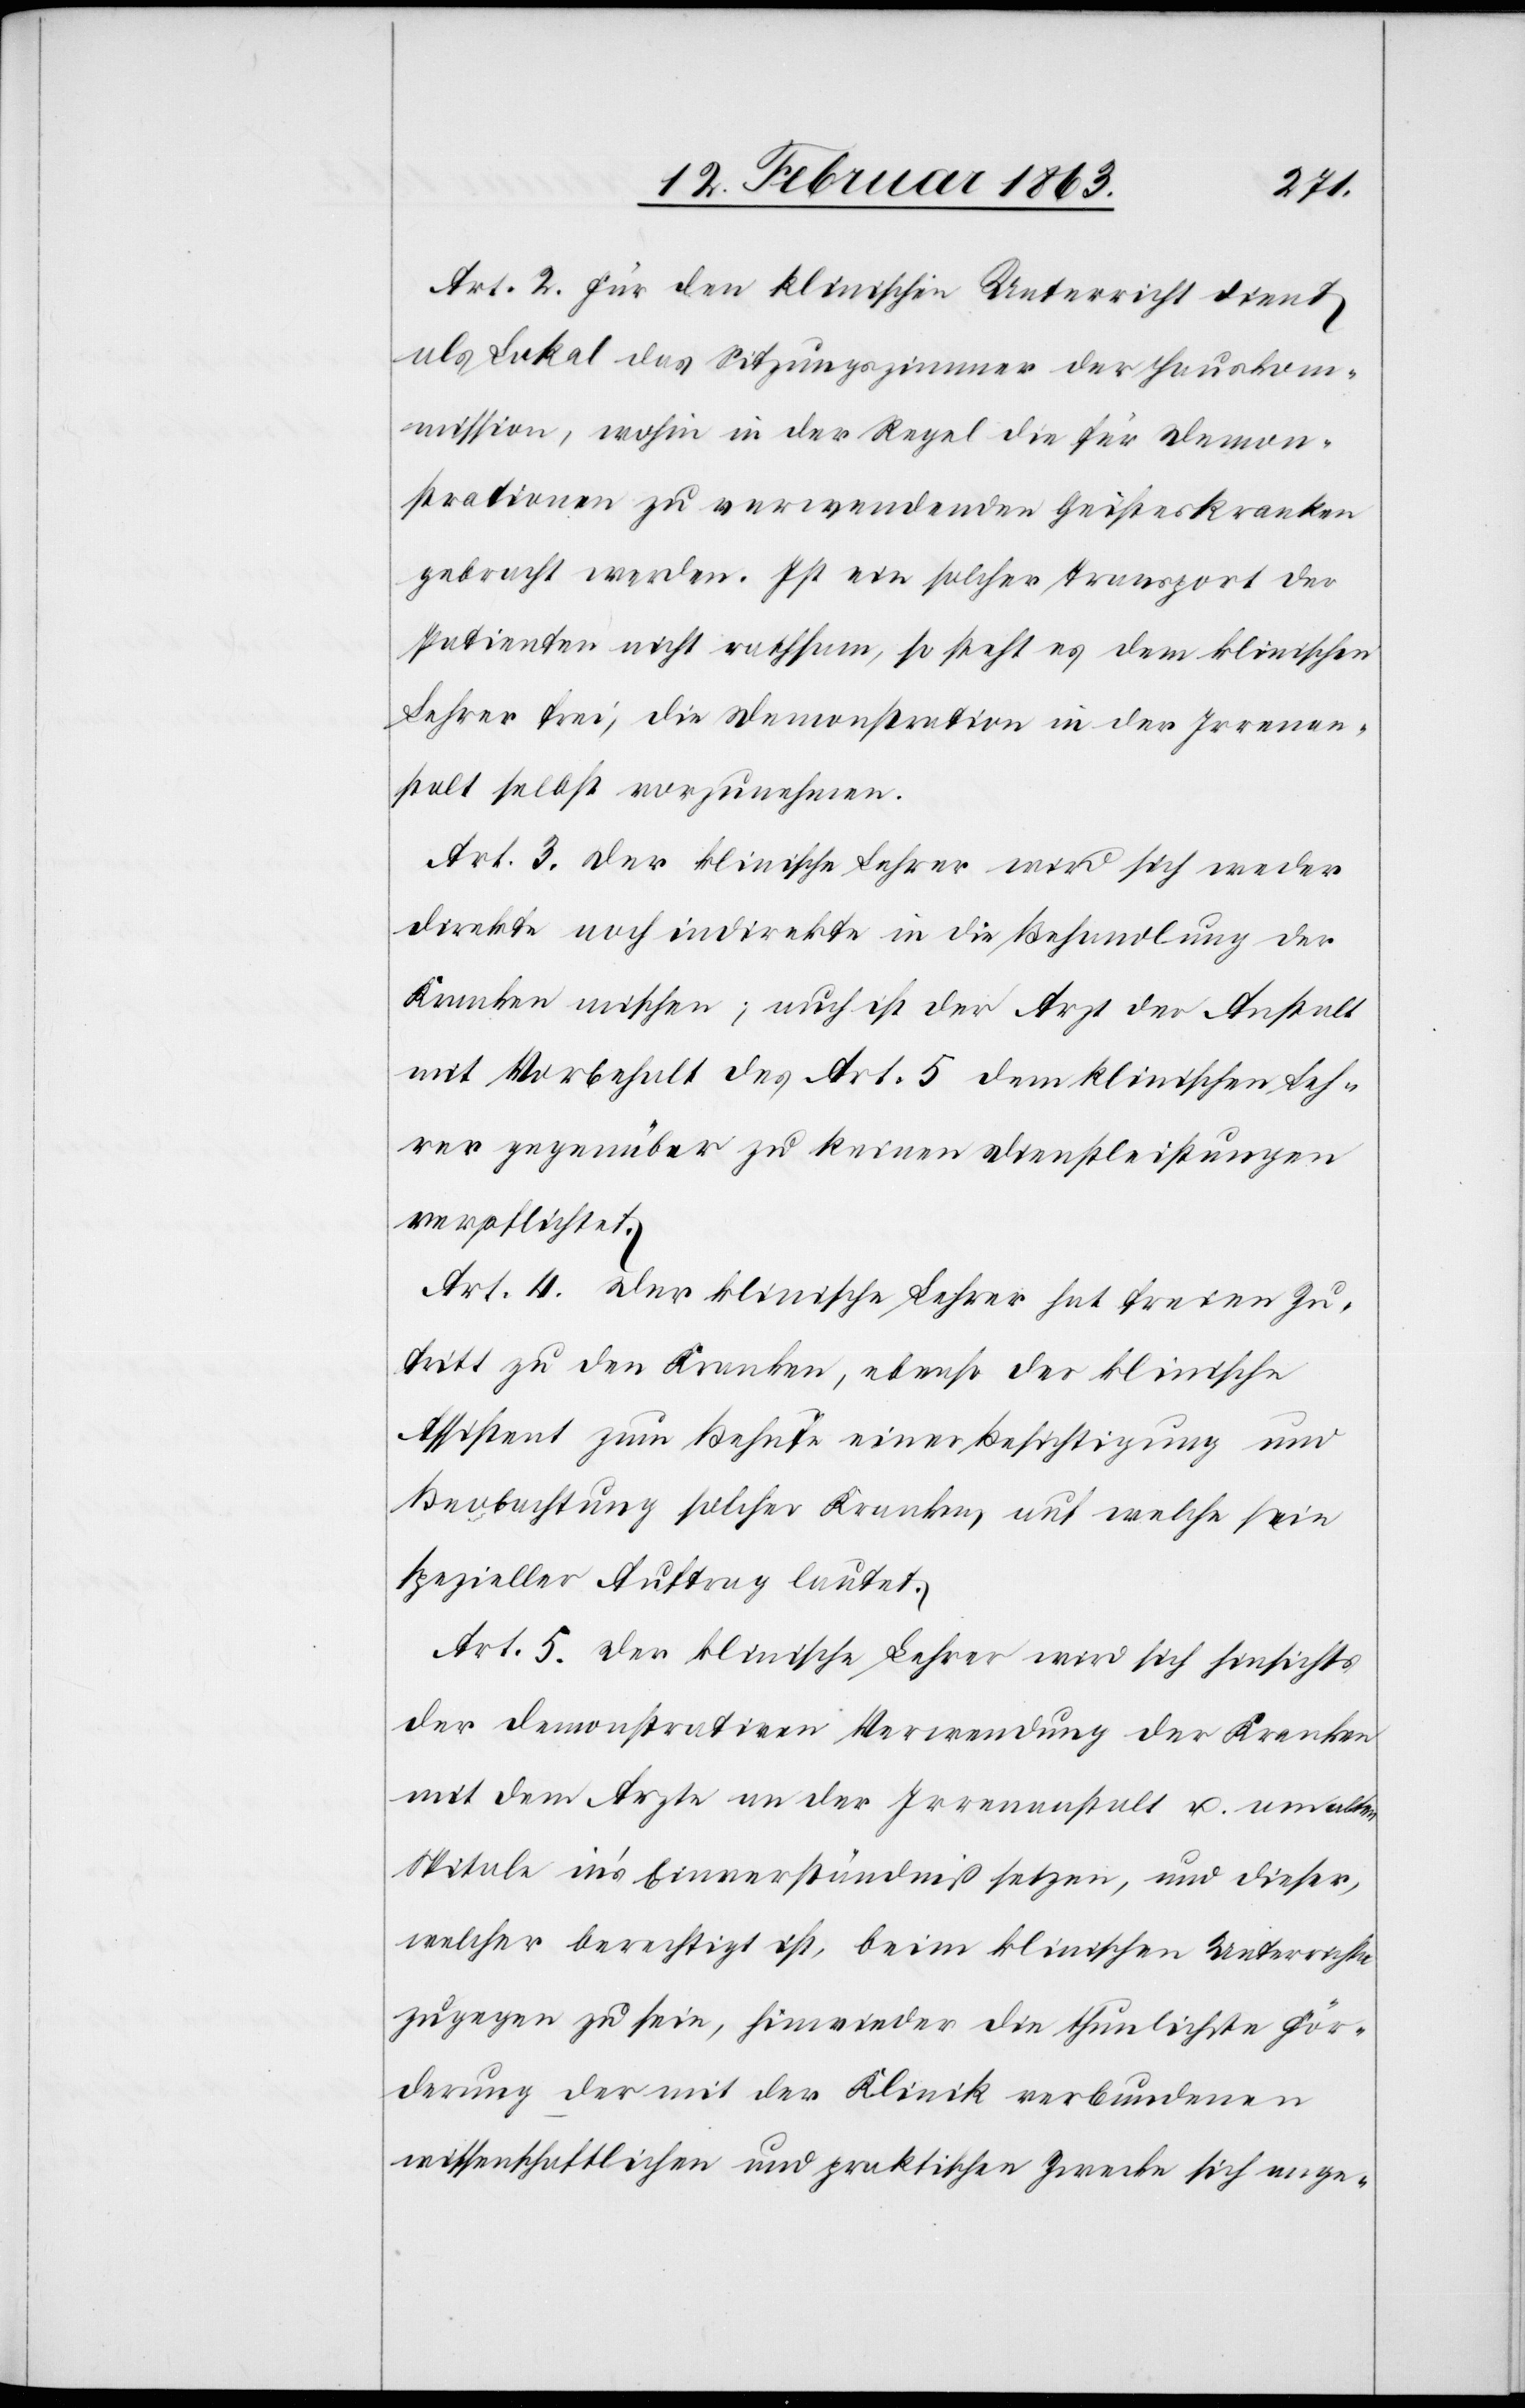
Art. 2. Für den klinischen Unterricht dient
als Lokal das Sitzungszimmer der Hauskom¬
mission, wohin in der Regel die für Demon¬
strationen zu verwendenden Geisteskranken
gebracht werden. Ist ein solcher Transport der
Patienten nicht rathsam, so steht es dem klinischen
Lehrer frei, die Demonstration in der Irrenan¬
stalt selbst vorzunehmen.
Art. 3. Der klinische Lehrer wird sich weder
direkte noch indirekte in die Behandlung der
Kranken mischen; auch ist der Arzt der Anstalt
mit Vorbehalt des Art. 5 dem klinischen Leh¬
rer gegenüber zu keinen Dienstleistungen
verpflichtet.
Art. 4. Der klinische Lehrer hat freien Zu¬
tritt zu den Kranken, ebenso der klinische
Assistent zum Behufe einer Besichtigung und
Beobachtung solcher Kranken, auf welche sein
spezieller Auftrag lautet.
Art. 5. Der klinische Lehrer wird sich hinsichts
der demonstrativen Verwendung der Kranken
mit dem Arzte an der Irrenanstalt u. am alten
Spitale in's Einverständniß setzten, und dieser,
welcher berechtigt ist, beim klinischen Unterrichte
zugegen zu sein, hinwieder die thunlichste För¬
derung der mit der Klinik verbundenen
wissenschaftlichen und praktischen Zwecke sich ange-